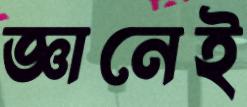
জ্ঞানেই